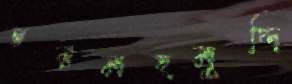
চরমহমুদ্দি